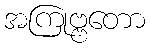
အကြုဗ္ဗတော